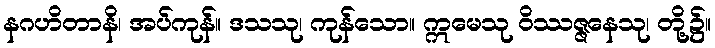
နဂဟိတာနိ၊ အပ်ကုန်။ ဒသသု၊ ကုန်သော။ ဣမေသု ဝိဿဇ္ဇနေသု၊ တို့၌။